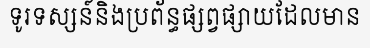
ទូរទស្សន៍និងប្រព័ន្ធផ្សព្វផ្សាយដែលមាន